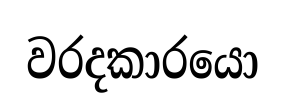
වරදකාරයො